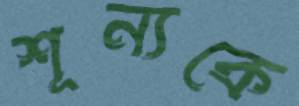
শূন্যকে